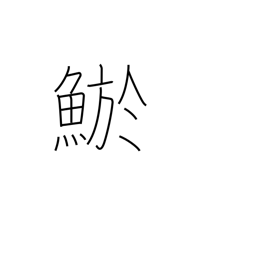
Meaning: loach